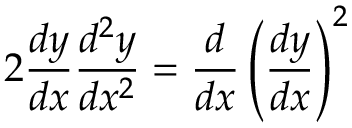
2 { \frac { d y } { d x } } { \frac { d ^ { 2 } y } { d x ^ { 2 } } } = { \frac { d } { d x } } \left( { \frac { d y } { d x } } \right) ^ { 2 } \,